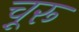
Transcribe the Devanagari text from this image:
चू़रू